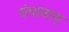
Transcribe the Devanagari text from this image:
पंचानाम्